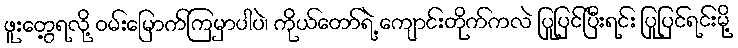
ဖူးတွေ့ရလို့ ဝမ်းမြောက်ကြမှာပါပဲ၊ ကိုယ်တော်ရဲ့ ကျောင်းတိုက်ကလဲ ပြုပြင်ပြီးရင်း ပြုပြင်ရင်းမို့